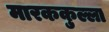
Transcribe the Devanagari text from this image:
मारककुल्ला